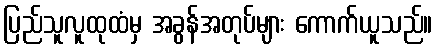
ပြည်သူလူထုထံမှ အခွန်အတုပ်များ ကောက်ယူသည်။